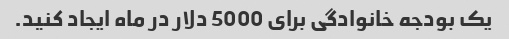
یک بودجه خانوادگی برای 5000 دلار در ماه ایجاد کنید.